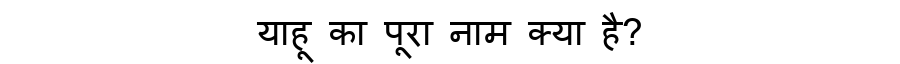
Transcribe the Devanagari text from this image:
याहू का पूरा नाम क्या है?